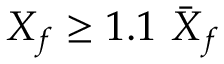
X _ { \mathnormal { f } } \geq 1 . 1 ~ \bar { X } _ { \mathnormal { f } }